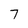
Character: 7